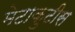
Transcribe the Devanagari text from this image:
मेटाकुटीस